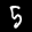
Label: 5